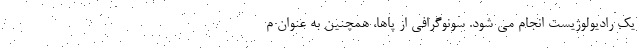
یک رادیولوژیست انجام می شود. سونوگرافی از پاها، همچنین به عنوان م